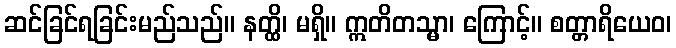
ဆင်ခြင်ရခြင်းမည်သည်။ နတ္ထိ၊ မရှိ။ ဣတိတသ္မာ၊ ကြောင့်။ စတ္တာရိယေဝ၊